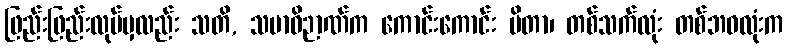
ဖြည်းဖြည်းလုပ်မှလည်း သတိ, သမာဓိဉာဏ်က ကောင်းကောင်း မိတာ၊ တစ်သက်လုံး တစ်ဘဝလုံးက